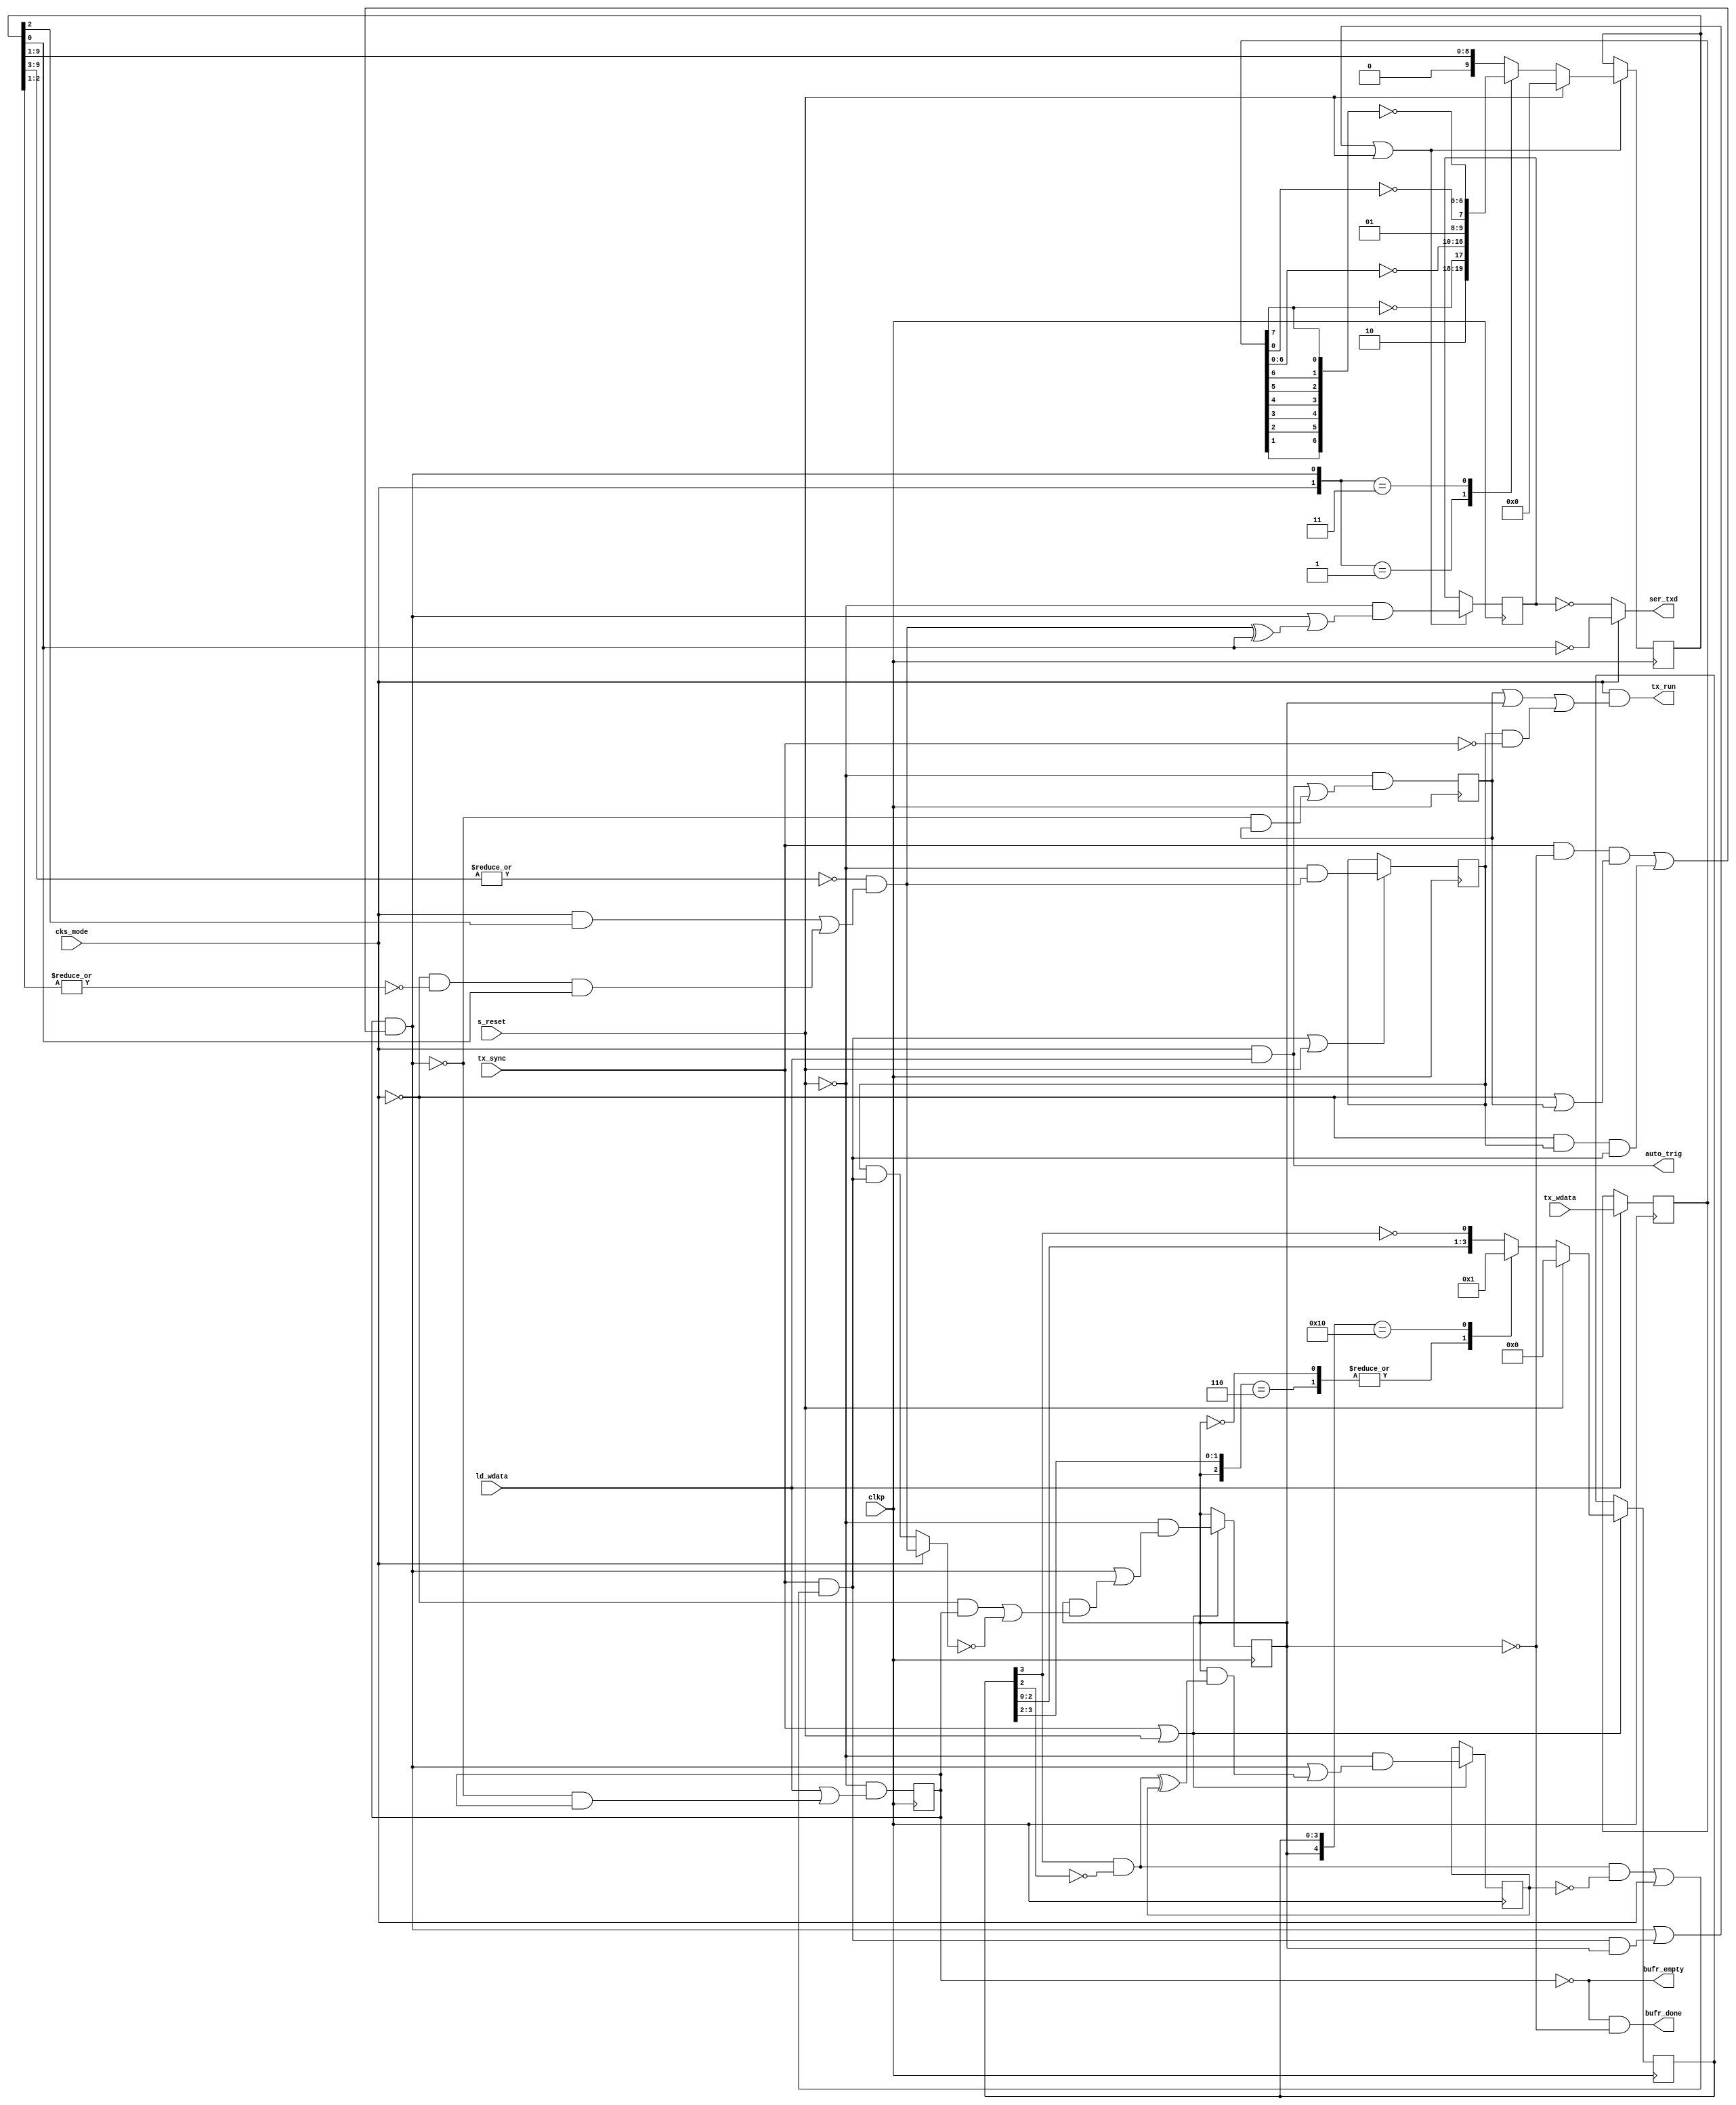
/*******************************************************************************************/
/**                                                                                       **/
/** Copyright 2021 Monte J. Dalrymple                                                     **/
/**                                                                                       **/
/** SPDX-License-Identifier: Apache-2.0 WITH SHL-2.1                                      **/
/**                                                                                       **/
/** Licensed under the Solderpad Hardware License v 2.1 (the License); you may not use  **/
/** this file except in compliance with the License, or, at your option, the Apache       **/
/** License version 2.0. You may obtain a copy of the License at                          **/
/**                                                                                       **/
/** https://solderpad.org/licenses/SHL-2.1/                                               **/
/**                                                                                       **/
/** Unless required by applicable law or agreed to in writing, any work distributed under **/
/** the License is distributed on an AS IS BASIS, WITHOUT WARRANTIES OR CONDITIONS OF   **/
/** ANY KIND, either express or implied. See the License for the specific language        **/
/** governing permissions and limitations under the License.                              **/
/**                                                                                       **/
/** serial transmitter module (async/sync)                            Rev 0.0  03/29/2021 **/
/**                                                                                       **/
/*******************************************************************************************/
module serial_tx (auto_trig, bufr_done, bufr_empty, ser_txd, tx_run, cks_mode, clkp,
                  ld_wdata, s_reset, tx_sync, tx_wdata);

  input         cks_mode;                                  /* clocked serial mode          */
  input         clkp;                                      /* main peripheral clock        */
  input         ld_wdata;                                  /* write tx data register       */
  input         s_reset;                                   /* synchronous reset            */
  input         tx_sync;                                   /* transmit clock enable        */
  input   [7:0] tx_wdata;                                  /* write data bus               */

  output        auto_trig;                                 /* clocked serial trigger       */
  output        bufr_done;                                 /* tranmsit idle                */
  output        bufr_empty;                                /* transmit buffer empty        */
  output        ser_txd;                                   /* transmit data output         */
  output        tx_run;                                    /* transmit is running          */

  /*****************************************************************************************/
  /* signal declarations                                                                   */
  /*****************************************************************************************/
  wire        auto_trig;                                   /* clocked serial trigger       */
  wire        bitclk_pls;                                  /* tx bit clock                 */
  wire        bufr_done;                                   /* async byte finished          */
  wire        bufr_empty;                                  /* buffer empty output          */
  wire        divide_pls;                                  /* bit cell boundary/middle     */
  wire        lastbit;                                     /* shifter empty                */
  wire        ld_bufr;                                     /* load sr with data            */
  wire        ld_shft;                                     /* shifter load control         */
  wire        ser_txd;                                     /* transmit data output         */
  wire        termchar;                                    /* terminate char tx            */
  wire        tx_run;                                      /* cks running                  */
  wire  [7:0] bufr_rev;                                    /* msb-first data               */

  reg         bitclk_reg;                                  /* bit clock                    */
  reg         bufr_full;                                   /* buffer full flag             */
  reg         ending_reg;                                  /* stop bit sending             */
  reg         output_reg;                                  /* output register              */
  reg         running_reg;                                 /* sending byte                 */
  reg         strt_reg;                                    /* tx start cmd latched         */
  reg   [3:0] divider_nxt, divider_reg;                    /* clock divider                */
  reg   [7:0] bufr_reg;                                    /* data buffer byte             */
  reg   [9:0] shft_nxt, shft_reg;                          /* tx shifter                   */

  /*****************************************************************************************/
  /* serial transmitter control signals                                                    */
  /*****************************************************************************************/
  assign auto_trig   = cks_mode && ld_wdata;
  assign bitclk_pls  = tx_sync && ((divide_pls && !bitclk_reg) || cks_mode);
  assign bufr_done   = !bufr_full && !running_reg;
  assign bufr_empty  = !bufr_full;
  assign bufr_rev    = {bufr_reg[0], bufr_reg[1], bufr_reg[2], bufr_reg[3],
                        bufr_reg[4], bufr_reg[5], bufr_reg[6], bufr_reg[7]};
  assign divide_pls  = divider_reg[3] && !divider_reg[2];
  assign lastbit     = ~|shft_reg[9:3] && ((cks_mode && shft_reg[2]) ||
                                          (!cks_mode && ~|shft_reg[2:1] && shft_reg[0]));
  assign ld_bufr     = bufr_full &&
                       ((tx_sync && !running_reg && (!cks_mode || strt_reg)) ||
                       (!cks_mode && ending_reg && bitclk_pls));
  assign ld_shft     = bitclk_pls && running_reg;
  assign ser_txd     = (cks_mode) ? !shft_reg[0] : !output_reg;
  assign termchar    = (cks_mode) ? lastbit : (ending_reg && bitclk_pls);
  assign tx_run      = cks_mode && (strt_reg || running_reg || (ending_reg && !tx_sync));

  always @ (cks_mode or ld_bufr or bufr_reg or bufr_rev or shft_reg) begin
    case ({cks_mode, ld_bufr})
      2'b01:   shft_nxt = {1'b1, 1'b0,        !bufr_reg[7], ~bufr_reg[6:0]};
      2'b11:   shft_nxt = {1'b0, 1'b1,        !bufr_rev[7], ~bufr_rev[6:0]};
      default: shft_nxt = {1'b0, shft_reg[9], shft_reg[8],   shft_reg[7:1]};
      endcase
    end

  /*****************************************************************************************/
  /* serial transmitter buffer and status                                                  */
  /*****************************************************************************************/
  always @ (posedge clkp) begin
    bufr_full <= !s_reset && (ld_wdata  || (!ld_bufr && bufr_full));
    end

  always @ (posedge clkp) begin
    if (ld_wdata) bufr_reg <= tx_wdata;
    end

  /*****************************************************************************************/
  /* serial transmitter shifter                                                            */
  /*****************************************************************************************/
  always @ (posedge clkp) begin
    if (ld_bufr || ld_shft || s_reset) begin
      output_reg <= !s_reset && (ld_bufr || (lastbit ^ shft_reg[0]));
      shft_reg   <= (s_reset) ? 10'h000 : shft_nxt;
      end
    end

  /*****************************************************************************************/
  /* serial transmitter state machine                                                      */
  /*****************************************************************************************/
  always @ (divider_reg or running_reg) begin
    casex ({running_reg, divider_reg})
      5'b0xxxx,
      5'b110xx: divider_nxt = 4'b0000;
      5'b10000: divider_nxt = 4'b0001;
      default:  divider_nxt = {divider_reg[2:0], !divider_reg[3]};
      endcase
    end

  always @ (posedge clkp) begin
    if (tx_sync || s_reset) begin
      running_reg <= !s_reset && (ld_bufr ||
                                 (running_reg && ((!cks_mode && bufr_full) || !termchar)));
      divider_reg <= (s_reset) ? 4'h0 : divider_nxt;
      bitclk_reg  <= !s_reset && (ld_bufr || (running_reg && (divide_pls ^ bitclk_reg)));
      end
    end

  always @ (posedge clkp) begin
    if (bitclk_pls || s_reset) ending_reg <= !s_reset && lastbit;
    end

  always @ (posedge clkp) begin
    strt_reg <= !s_reset && (auto_trig || (!ld_bufr && strt_reg));
    end

  endmodule